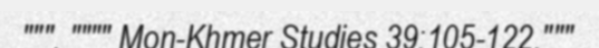
""". """" Mon-Khmer Studies 39:105-122."""